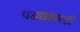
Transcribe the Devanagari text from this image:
पडद्यांवरही